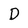
Character: D